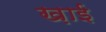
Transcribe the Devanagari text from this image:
ख़ाई